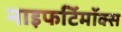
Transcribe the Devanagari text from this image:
नाइफर्टिमॉक्स